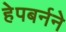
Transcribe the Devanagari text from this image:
हेपबर्नने